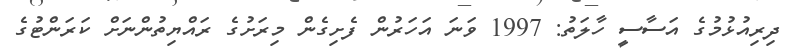
ދިރިއުޅުމުގެ އަސާސީ ހާލަތު: 1997 ވަނަ އަހަރުން ފެށިގެން މިރަށުގެ ރައްޔިތުންނަށް ކަރަންޓުގެ